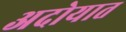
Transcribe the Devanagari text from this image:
अदोयात